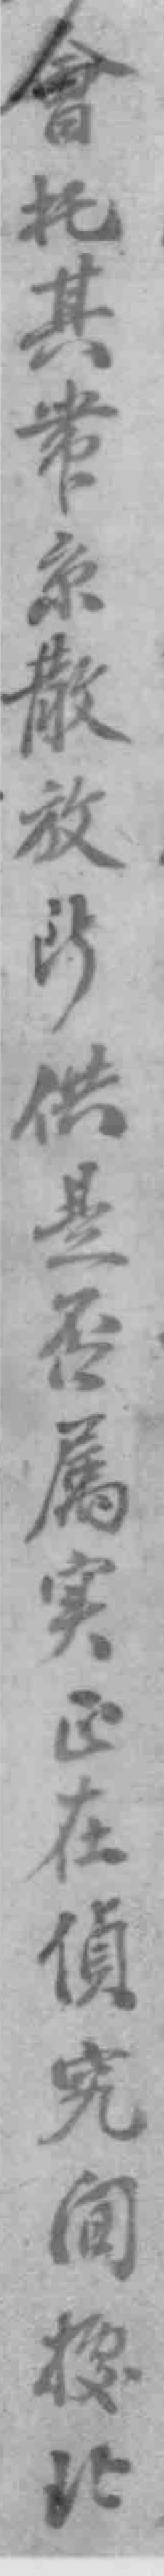
會托其帶京散放此供是否属实正在偵究間*北